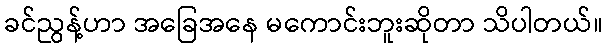
ခင်ညွန့်ဟာ အခြေအနေ မကောင်းဘူးဆိုတာ သိပါတယ်။